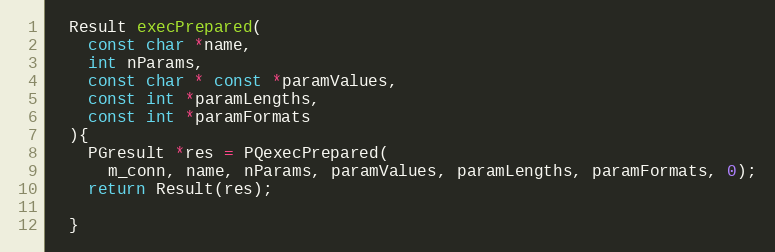
Language: C
  Result execPrepared(
    const char *name,
    int nParams,
    const char * const *paramValues,
    const int *paramLengths,
    const int *paramFormats
  ){
    PGresult *res = PQexecPrepared(
      m_conn, name, nParams, paramValues, paramLengths, paramFormats, 0);
    return Result(res);

  }